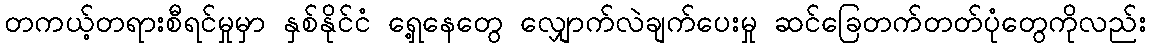
တကယ့်တရားစီရင်မှုမှာ နှစ်နိုင်ငံ ရှေ့နေတွေ လျှောက်လဲချက်ပေးမှု ဆင်ခြေတက်တတ်ပုံတွေကိုလည်း